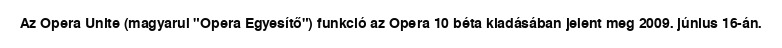
Az Opera Unite (magyarul "Opera Egyesítő") funkció az Opera 10 béta kiadásában jelent meg 2009. június 16-án.